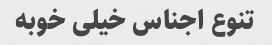
تنوع اجناس خیلی خوبه